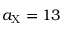
a _ { \mathrm { X } } = 1 3